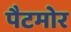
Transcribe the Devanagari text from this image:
पैटमोर